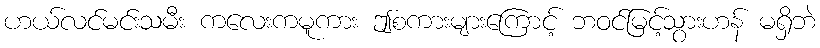
ဟယ်လင်မင်းသမီး ကလေးကမူကား ဤစကားများကြောင့် ဘဝင်မြင့်သွားဟန် မရှိဘဲ